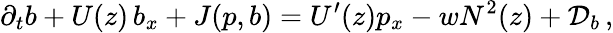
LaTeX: \partial_{t}b+U(z)\, b_{x}+J(p,b)=U^{\prime}(z)p_{x}-wN^{2}(z)+{\cal D}_{b}\, ,